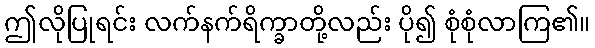
ဤလိုပြုရင်း လက်နက်ရိက္ခာတို့လည်း ပို၍ စုံစုံလာကြ၏။